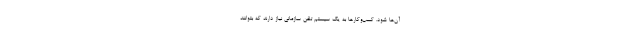
آن‌ها شود. کسب‌وکارها به یک سیستم تلفن سازمانی نیاز دارند که بتوانند